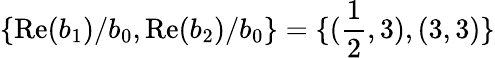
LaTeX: \{ \mathrm{Re}(b_{1})/b_{0},\mathrm{Re}(b_{2})/b_{0}\} =\{ (\frac{1}{2},3),(3,3)\}